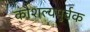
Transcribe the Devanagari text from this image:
कौशल्यपुर्वक